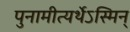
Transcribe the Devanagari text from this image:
पुनामीत्यर्थेऽस्मिन्